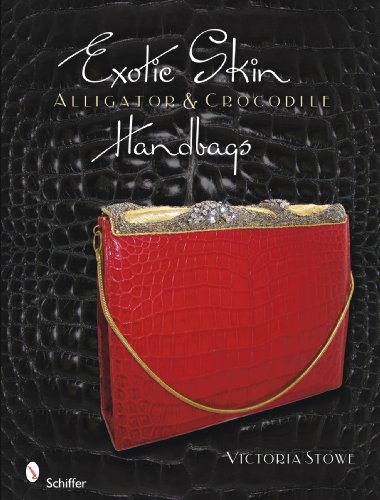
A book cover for Exotic Skin: Alligator and Crocodile Handbags; Victoria Stowe; Crafts, Hobbies & Home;